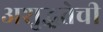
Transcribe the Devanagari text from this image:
अशुद्धतेची